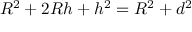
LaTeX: R ^ { 2 } + 2 R h + h ^ { 2 } = R ^ { 2 } + d ^ { 2 } \,